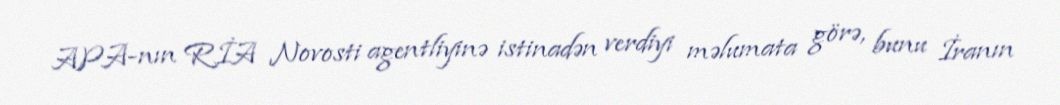
APA-nın RİA Novosti agentliyinə istinadən verdiyi məlumata görə, bunu İranın